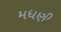
મધણી